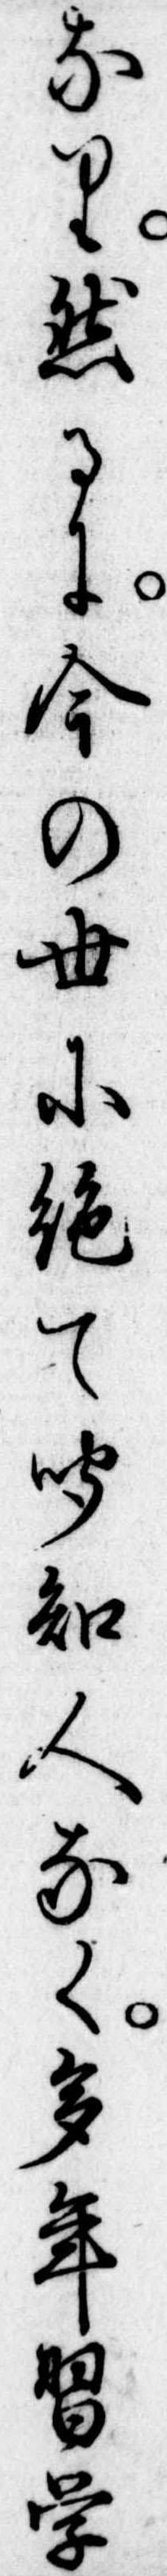
なり然るに今の世に絶て聞知人なく多年習学